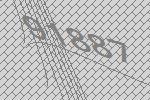
91887